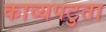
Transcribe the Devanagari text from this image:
काव्यपटुता